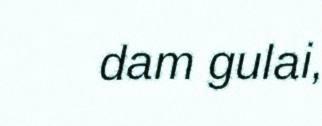
dam gulai,